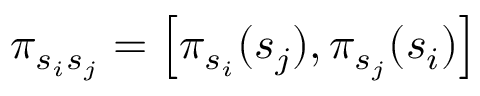
\pi _ { s _ { i } s _ { j } } = \left[ \pi _ { s _ { i } } ( s _ { j } ) , \pi _ { s _ { j } } ( s _ { i } ) \right]